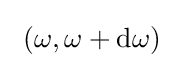
~(\omega ,\omega +{\rm {d}}\omega )~